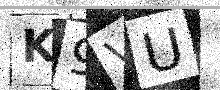
Text: K9VU